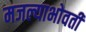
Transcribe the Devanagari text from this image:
मजल्याभोवती